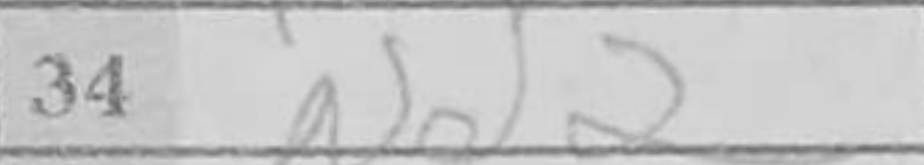
Transcription: Nd2